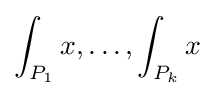
\int _{P_{1}}x,\ldots ,\int _{P_{k}}x